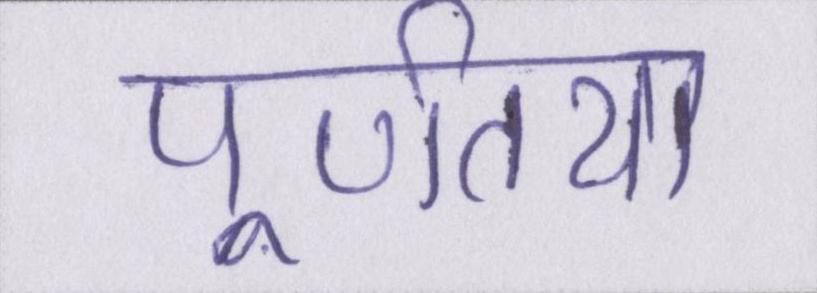
पूर्णतया